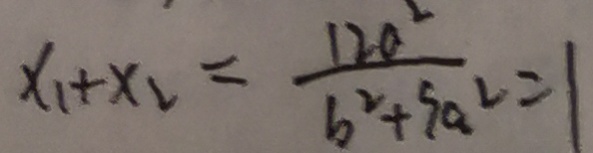
x _ { 1 } + x _ { 2 } = \frac { 1 2 a ^ { 2 } } { b ^ { 2 } + 9 a ^ { 2 } } = 1